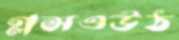
গ্লসওউঠ